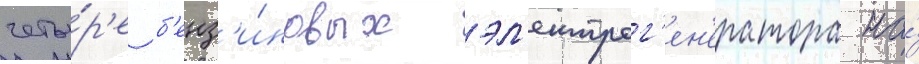
четы́р'е б'енз'и́новых эл'ектрог'ен'ератора на́